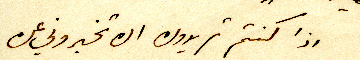
اذا كنتم تريدون ان تخبروني عن